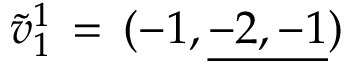
{ \tilde { v } _ { 1 } } ^ { 1 } \, = \, ( { - 1 } , \underline { { { - 2 , - 1 } } } )